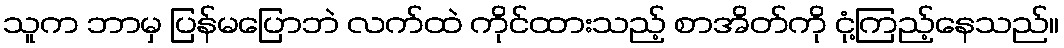
သူက ဘာမှ ပြန်မပြောဘဲ လက်ထဲ ကိုင်ထားသည့် စာအိတ်ကို ငုံ့ကြည့်နေသည်။